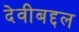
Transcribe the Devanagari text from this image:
देवीबद्दल